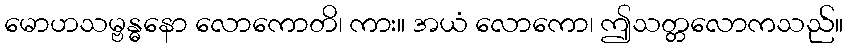
မောဟသမ္ဗန္ဓနော လောကောတိ၊ ကား။ အယံ လောကော၊ ဤသတ္တလောကသည်။